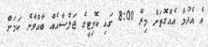
އެ އެދުމާ އެއްގޮތަށް މިރޭ 8:00 ގައި ކޮމިޓީގެ ޖަލްސާއެއް ބާއްވާނެ ކަމަށް